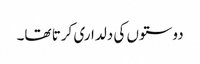
دوستوں کی دلداری کرتا تھا۔